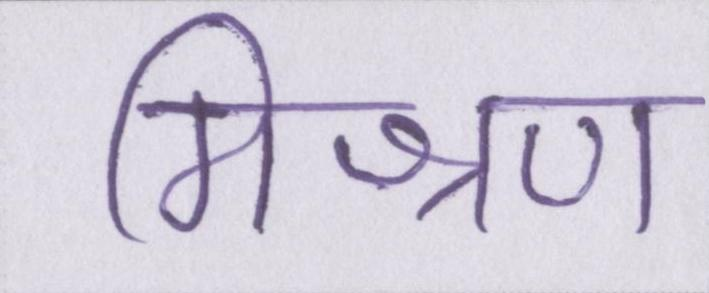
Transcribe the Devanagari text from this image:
मिश्रण